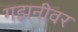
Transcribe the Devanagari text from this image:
गझनीवर